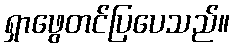
ရှာဖွေတင်ပြပေသည်။